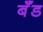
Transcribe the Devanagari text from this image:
बॅँड